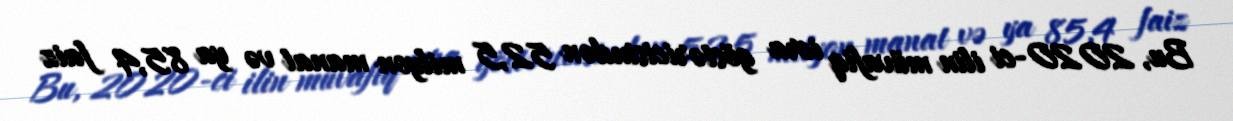
Bu, 2020-ci ilin müvafiq icra göstəricisindən 52,5 milyon manat və ya 85,4 faiz